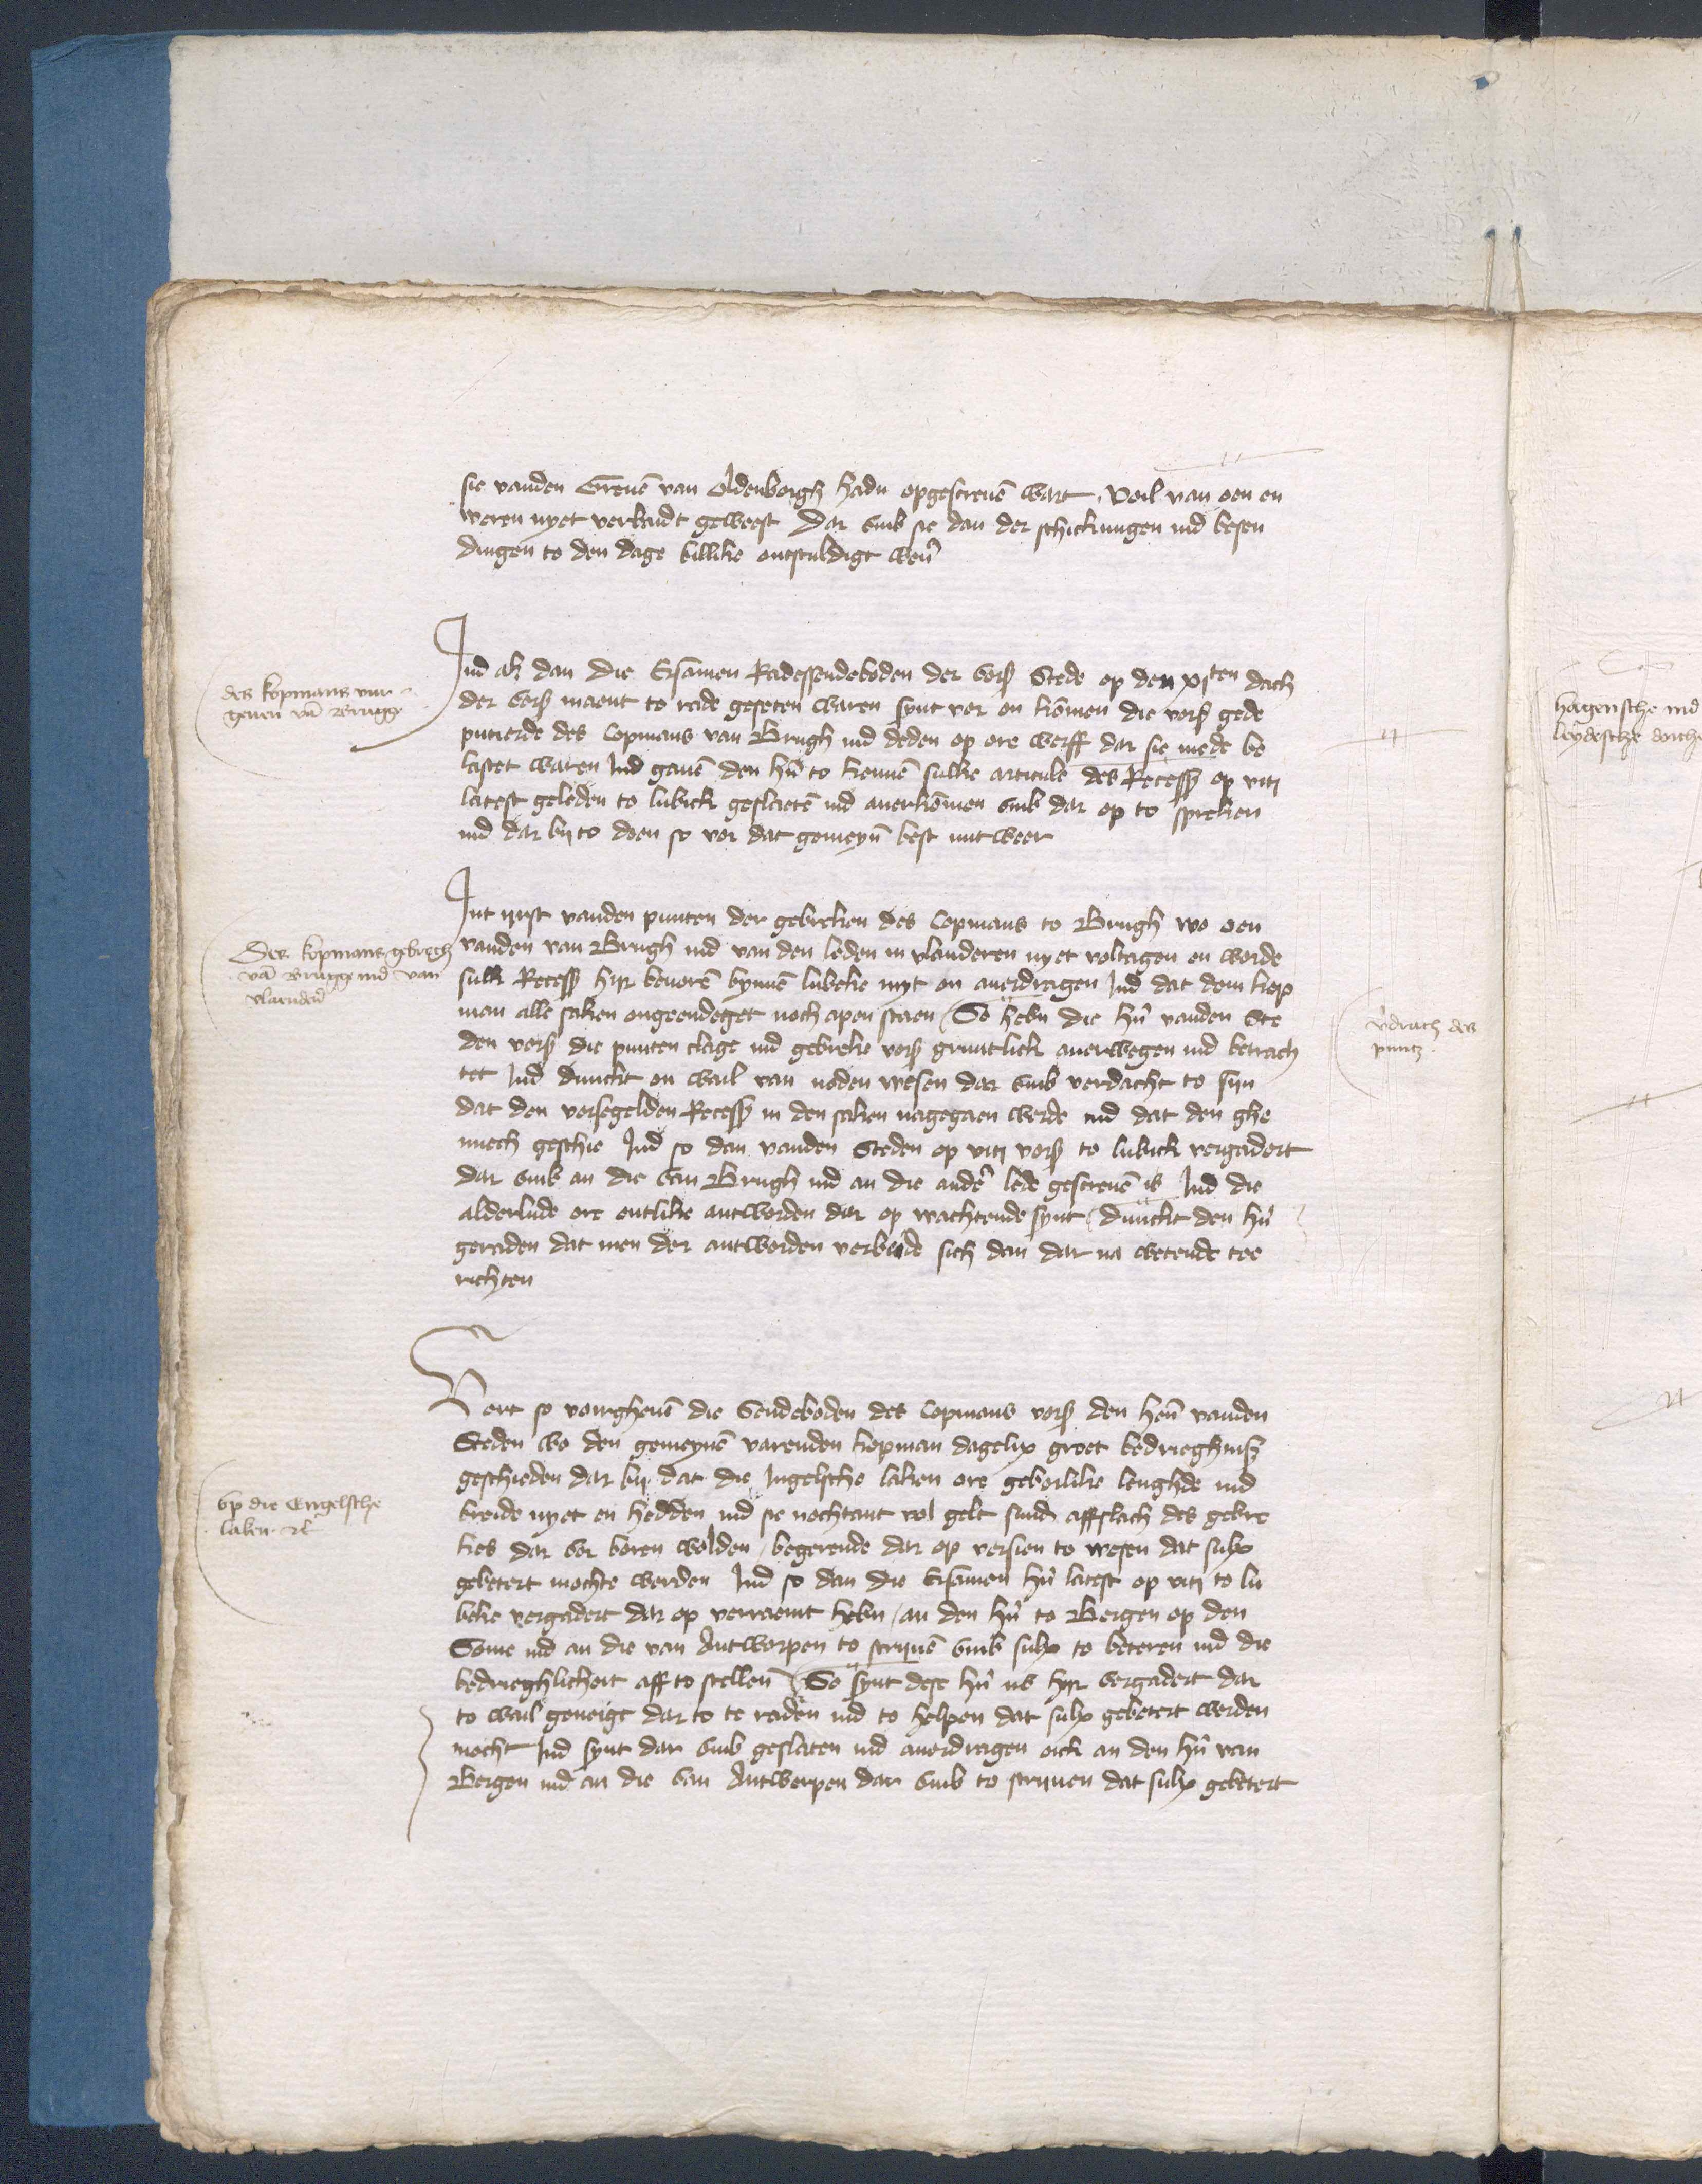
sie vanden Greuen van Oldenborgh hadden opgescreuen wart voil van een en
weren nyet verbudt gewest dar vmb se dan der schickungen vnd besen¬
dingen to den dage billike entsculdigt weren

Jnd als dan die Ersamen Radessendeboden der vorscreuen Stede op den xjten dach
der vorscreuen maent to rade geseten waren synt vor en kommen die vorscreuen gede¬
putirde des Copmans van Brugh ind deden op ere werff dar sie mede be¬
lastet waren Jnd gauen den hern to kennen sulke articule des Recesses op viti
latest geleden to Lubick geslaeten ind auerkommen vmb dar op to spreken
ind dar by to doen so vor dat gemeyne best nut weer

des kopmans vur¬
geuen van Brugge

Jnt iirst vanden punten der gebreken des Copmans to Brugh wo een
vanden van Brugh ind van den leden in Vlanderen nyet voltagen en worde
sulke Recessus hir beuoren bynnen Lubeke myt en auerdragen Jnd dat dem kop¬
man alle saken ongeendeget noch apen staen, So heben die hern vanden Ste¬
den vorscreuen das punten clage ind gebreke vorscreuen gruntlick auerwegen ind betrach¬
tet Jnd dunckt en wail van noden wesen dar vmb vordacht to syn
dat den vorsegelden Recessus in den saken nagegaen werde ind dat den ghe¬
nuch geschie Jnd so dan vanden Steden op viti vorscreuen to Lubick vergadert
dar vmb an die van Brugh ind an die andere lede gescreuen is vnd die
alderlude ore entlike antworden dar op wachtende synt, dunckt den hern
geraden dat men der antworden verbeide sich dan dar na wetende too
richten

Der kopmans gebrech
van Brugge ind van
Vlanderen

verdrach des
puntz

Vort so voirgheuen die Sendeboden des Copmans vorscreuen den heren vanden
Steden wo den gemeynen varenden kopman dagelix groet bedrieghnis
geschieden dar by dat die Jngelsche laken ore gehorlike lenghde ind
breide nyet en hedden ind sie nochtant vol gelt sunder affflach des gebre¬
kes dar tor boren wolden, begerende dar op versien to wesen dat sulx
gebetert mochte werden Jnd so dan die Ersamen hern latest op vt to Lu¬
beke vorgadert dar op vorraemt heben, an den hern to Bergen op den
Some ind an die van Antworpen to scryuen vmb sulx to beteren ind die
bedrieghlicheit aff to stellen So synt dese hern nv hyr vergadert dar
to wail geneigt dar to te raden ind to helpen dat sulx gebetert werden
mocht Jnd synt dar vmb geslaten ind auordragen oick an den hern van
Bergen ind an die van Antwerpen dar vmb to scriuen dat sulx gebetert

vp die Engelsche
laken etcetera